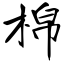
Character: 棉